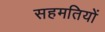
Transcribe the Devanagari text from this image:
सहमतियों